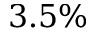
3 . 5 \%